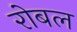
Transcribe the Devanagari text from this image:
रोबल